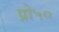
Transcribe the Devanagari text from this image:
प्रो५०